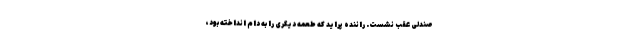
صندلی عقب نشست. راننده پراید که طعمه دیگری را به دام انداخته بود،